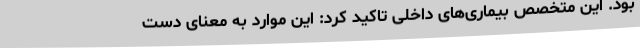
بود. این متخصص بیماری‌های داخلی تاکید کرد: این موارد به معنای دست